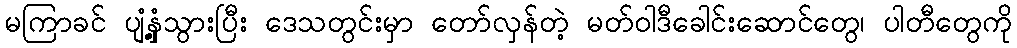
မကြာခင် ပျံ့နှံ့သွားပြီး ဒေသတွင်းမှာ တော်လှန်တဲ့ မတ်ဝါဒီခေါင်းဆောင်တွေ၊ ပါတီတွေကို